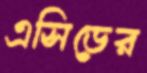
এসিডের